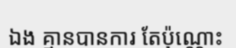
ឯង គ្មានបានការ តែប៉ុណ្ណោះ